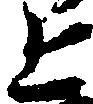
上